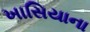
ખાસિયાના